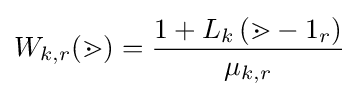
W_{k,r}(\mathbb {m} )={\frac {1+L_{k}\left(\mathbb {m} -1_{r}\right)}{\mu _{k,r}}}